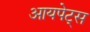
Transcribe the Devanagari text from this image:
आयपेट्स